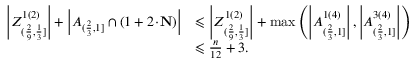
\begin{array} { r l } { \left| Z _ { ( \frac { 2 } { 9 } , \frac { 1 } { 3 } ] } ^ { 1 ( 2 ) } \right| + \left| A _ { ( \frac { 2 } { 3 } , 1 ] } \cap ( 1 + 2 \! \cdot \! \mathbf { N } ) \right| } & { \leqslant \left| Z _ { ( \frac { 2 } { 9 } , \frac { 1 } { 3 } ] } ^ { 1 ( 2 ) } \right| + \operatorname* { m a x } \left( \left| A _ { ( \frac { 2 } { 3 } , 1 ] } ^ { 1 ( 4 ) } \right| , \left| A _ { ( \frac { 2 } { 3 } , 1 ] } ^ { 3 ( 4 ) } \right| \right) } \\ & { \leqslant \frac { n } { 1 2 } + 3 . } \end{array}